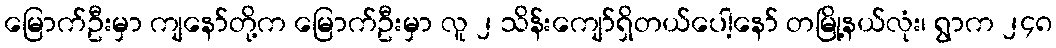
မြောက်ဦးမှာ ကျနော်တို့က မြောက်ဦးမှာ လူ ၂ သိန်းကျော်ရှိတယ်ပေါ့နော် တမြို့နယ်လုံး၊ ရွာက ၂၄၈